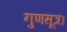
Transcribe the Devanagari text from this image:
गुणसूत्र।